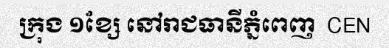
ក្រុង ១ខ្សែ នៅរាជធានីភ្នំពេញ  CEN